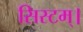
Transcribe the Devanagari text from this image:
सिस्टम्।